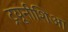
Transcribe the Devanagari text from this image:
ट्रयूनीशिआ